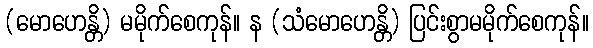
(မောဟေန္တိ) မမိုက်စေကုန်။ န (သံမောဟေန္တိ) ပြင်းစွာမမိုက်စေကုန်။